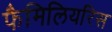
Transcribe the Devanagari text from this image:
फैमिलियरिस